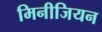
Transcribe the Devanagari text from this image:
मिनीजियन